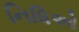
નિધિઓ